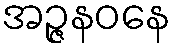
အဉ္ဇနဝနေ